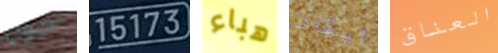
حول 15173 هباء ايقاف العناق